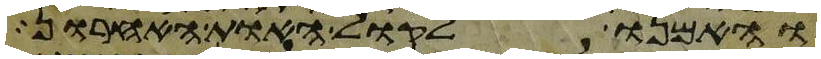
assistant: והאמנו לקול האות האחרון